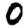
Digit: 0